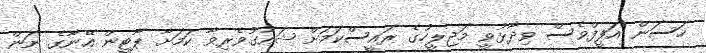
ހަސަން އަފީފްވެސް ވިދާޅުވީ މަޖިލީހުގެ ރައީސްކަމަށް ޝައުގުވެރިވާ ކަމަށާ ޕާޓީން އޭނާގެ ނަން